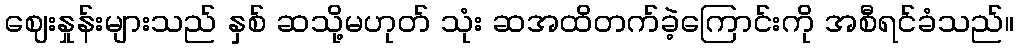
ဈေးနှုန်းများသည် နှစ် ဆသို့မဟုတ် သုံး ဆအထိတက်ခဲ့ကြောင်းကို အစီရင်ခံသည်။